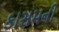
કાસમની